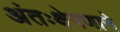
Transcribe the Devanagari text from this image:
अंतःक्षेपणाने